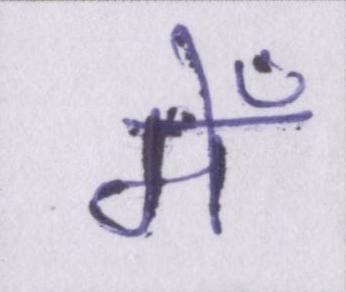
मेँ